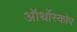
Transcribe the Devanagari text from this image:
ऑर्थोस्कोप